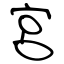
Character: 宮